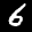
Label: 6